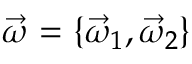
\vec { \omega } = \{ \vec { \omega } _ { 1 } , \vec { \omega } _ { 2 } \}